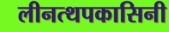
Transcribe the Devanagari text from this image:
लीनत्थपकासिनी